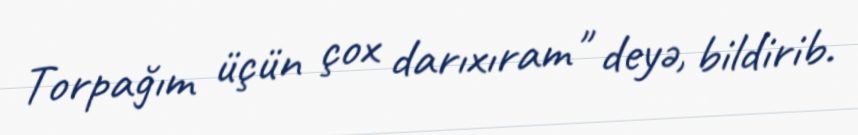
Torpağım üçün çox darıxıram" deyə, bildirib.